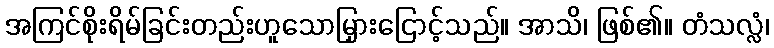
အကြင်စိုးရိမ်ခြင်းတည်းဟူသောမြှားငြောင့်သည်။ အာသိ၊ ဖြစ်၏။ တံသလ္လံ၊